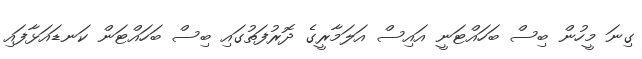
ގިނަ މީހުން ބިސް ބަހައްޓަނީ އައިސް އަލަމާރީގެ ދޮރުފަތުގައި ބިސް ބަހައްޓަން ކަނޑައަޅާފައި